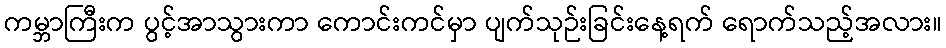
ကမ္ဘာကြီးက ပွင့်အာသွားကာ ကောင်းကင်မှာ ပျက်သုဉ်းခြင်းနေ့ရက် ရောက်သည့်အလား။